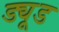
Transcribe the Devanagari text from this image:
ड्यूड